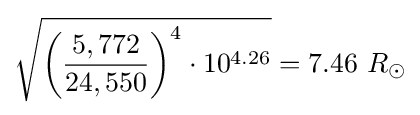
{\sqrt {{\biggl (}{\frac {5,772}{24,550}}{\biggr )}^{4}\cdot 10^{4.26}}}=7.46\ R_{\odot }